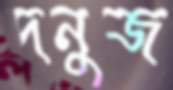
দনুজ